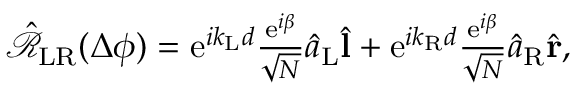
\begin{array} { r } { \hat { \mathcal { R } } _ { \mathrm { L R } } ( \Delta \phi ) = \mathrm { e } ^ { i k _ { \mathrm { L } } d } \frac { \mathrm { e } ^ { i \beta } } { \sqrt { N } } \hat { a } _ { \mathrm { L } } \hat { \bf l } + \mathrm { e } ^ { i k _ { \mathrm { R } } d } \frac { \mathrm { e } ^ { i \beta } } { \sqrt { N } } \hat { a } _ { \mathrm { R } } \hat { \bf r } , } \end{array}